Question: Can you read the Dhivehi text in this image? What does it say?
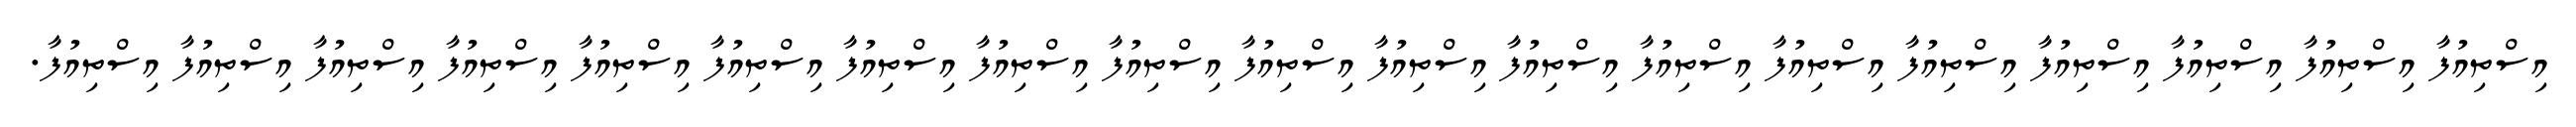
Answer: އިސްތިއުފާ އިސްތިއުފާ އިސްތިއުފާ އިސްތިއުފާ އިސްތިއުފާ އިސްތިއުފާ އިސްތިއުފާ އިސްތިއުފާ އިސްތިއުފާ އިސްތިއުފާ އިސްތިއުފާ އިސްތިއުފާ އިސްތިއުފާ އިސްތިއުފާ އިސްތިއުފާ އިސްތިއުފާ އިސްތިއުފާ އިސްތިއުފާ އިސްތިއުފާ.